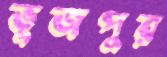
ভূজপুর